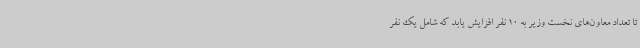
تا تعداد معاون‌های نخست وزیر به 10 نفر افزایش یابد که شامل یک نفر